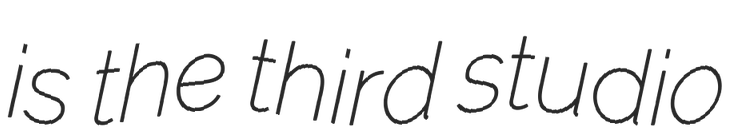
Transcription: is the third studio